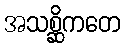
အသစ္ဆိကတေ